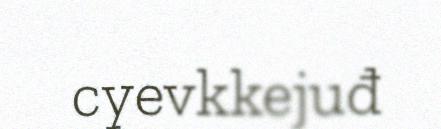
cyevkkejuđ